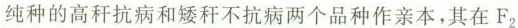
纯种的高秆抗病和矮秆不抗病两个品种作亲本，其在F_{2}